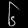
Digit: ၆